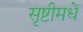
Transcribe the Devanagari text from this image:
सृष्टीमधें